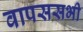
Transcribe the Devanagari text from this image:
वापससभी